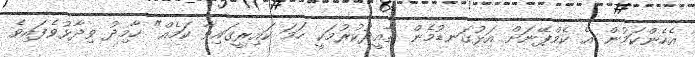
އެހެންކަމުން އެ ކެމްޕޭނަށް އަޅުގަނޑުމެން ތާއީދުކުރުމަކީ ހަމަ ކައިރީގައިވާ ކަމެއް" ހާމިދު ވިދާޅުވެފައިވެ